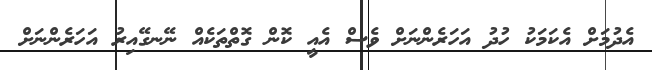
އެދުމަށް އެކަމަކު ހުދު އަހަރެންނަށް ވެސް އެއީ ކޮން ގޮތްތަކެއް ނޭނގޭއިރު އަހަރެންނަށް